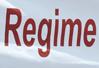
regime